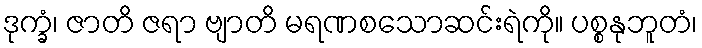
ဒုက္ခံ၊ ဇာတိ ဇရာ ဗျာတိ မရဏစသောဆင်းရဲကို။ ပစ္စနုဘူတံ၊